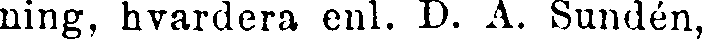
ning, hvardera enl. D. A. Sundén,